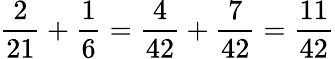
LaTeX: {\frac{2}{21}}+{\frac{1}{6}}={\frac{4}{42}}+{\frac{7}{42}}={\frac{11}{42}}